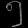
Digit: ၅